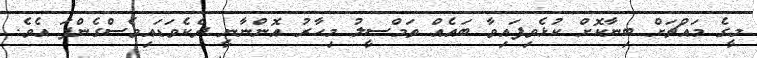
މީގެ މައްޗަށް ބިނާކޮށް ކުޅެވިފައިވާ ބައެއް ތަމްސީލު މިހާރު އޮންނާނީ ދެކެވަޑައިވެސްގެންފަ އެވެ.